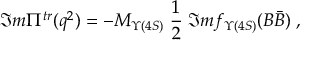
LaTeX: \Im m \Pi ^ { t r } ( q ^ { 2 } ) = - M _ { \Upsilon ( 4 S ) } \; \frac { 1 } { 2 } \; \Im m f _ { \Upsilon ( 4 S ) } ( B \bar { B } ) \; ,